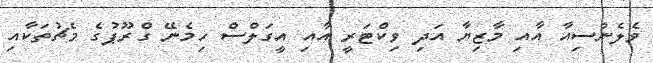
ވެލެންސިއާ އާއި މާޒިޔާ އަދި ވިކްޓަރީ އާއި އީގަލްސް ހިމެނޭ ގްރޫޕުގެ މެޗުތަކާއި